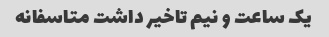
یک ساعت و نیم تاخیر داشت متاسفانه